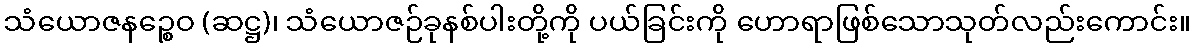
သံယောဇနဉ္စေဝ (ဆဋ္ဌ)၊ သံယောဇဉ်ခုနစ်ပါးတို့ကို ပယ်ခြင်းကို ဟောရာဖြစ်သောသုတ်လည်းကောင်း။